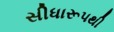
સીધારૂપથી